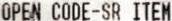
OPEN CODE-SR ITEM